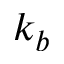
k _ { b }